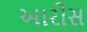
આરીસ